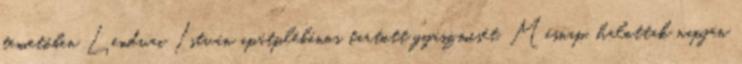
temetőben Lendvai István apátplébános tartott gyászmisét. Másnap, halottak napján